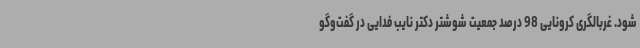
شود. غربالگری کرونایی 98 درصد جمعیت شوشتر دکتر نایب فدایی در گفت‌وگو